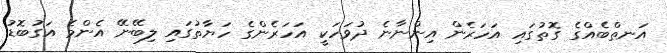
އަނތްބެއްގެ ގޮތުގައި އަހަރެން އިންނާނެ ދުވަހަކީ އަހަރެންގެ ހަޔާތުގައި ލިބޭނޭ އެންމެ އަގުބޮޑު